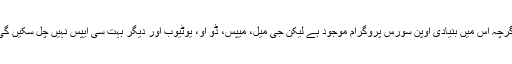
اگرچہ اس میں بنیادی اوپن سورس پروگرام موجود ہے لیکن جی میل، میپس، ڈو او، یوٹیوب اور دیگر بہت سی ایپس نہیں چل سکیں گی۔